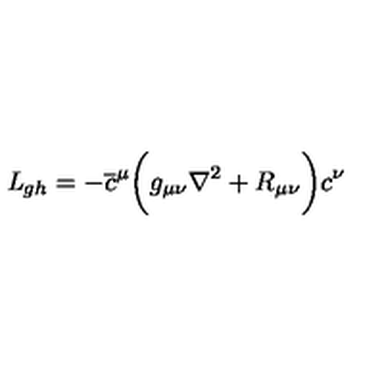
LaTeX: { \it L } _ { g h } = - \overline { c } ^ { \mu } \biggl ( g _ { \mu \nu } \nabla ^ { 2 } + R _ { \mu \nu } \biggr ) c ^ { \nu }